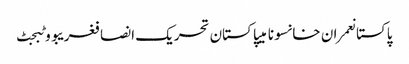
پاکستانعمران خانسونامیپاکستان تحریک انصافغریبووٹبجٹ